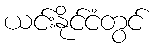
ယင်းနိုင်ငံတွင်